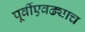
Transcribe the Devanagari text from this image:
पूर्वीएवढ्याच